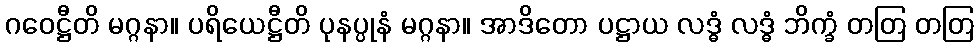
ဂဝေဋ္ဌီတိ မဂ္ဂနာ။ ပရိယေဋ္ဌီတိ ပုနပ္ပုနံ မဂ္ဂနာ။ အာဒိတော ပဋ္ဌာယ လဒ္ဓံ လဒ္ဓံ ဘိက္ခံ တတြ တတြ